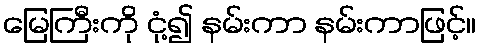
မြေကြီးကို ငုံ့၍ နမ်းကာ နမ်းကာဖြင့်။